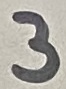
Text: 3